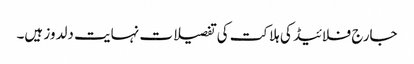
جارج فلائیڈ کی ہلاکت کی تفصیلات نہایت دلدوز ہیں۔